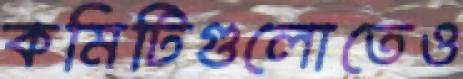
কমিটিগুলোতেও